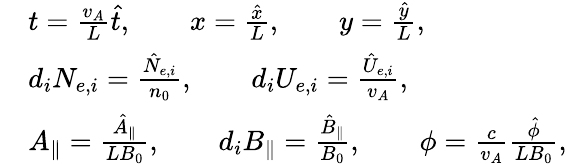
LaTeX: \begin{array}{rl}&{t=\frac{v_{A}}{L}\hat{t},\qquad x=\frac{\hat{x}}{L},\qquad y=\frac{\hat{y}}{L},}\\ &{d_{i}N_{e,i}=\frac{\hat{N}_{e,i}}{n_{0}},\qquad d_{i}U_{e,i}=\frac{\hat{U}_{e,i}}{v_{A}},}\\ &{A_{\parallel}=\frac{\hat{A}_{\parallel}}{LB_{0}},\qquad d_{i}B_{\parallel}=\frac{\hat{B}_{\parallel}}{B_{0}},\qquad\phi=\frac{c}{v_{A}}\frac{\hat{\phi}}{LB_{0}},}\end{array}